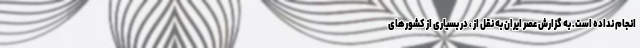
انجام نداده است. به گزارش عصر ایران به نقل از ، در بسیاری از کشورهای